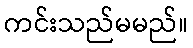
ကင်းသည်မမည်။